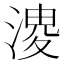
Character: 𭱬